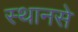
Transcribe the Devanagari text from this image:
स्थानसे